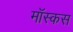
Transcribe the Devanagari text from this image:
मॉस्कस